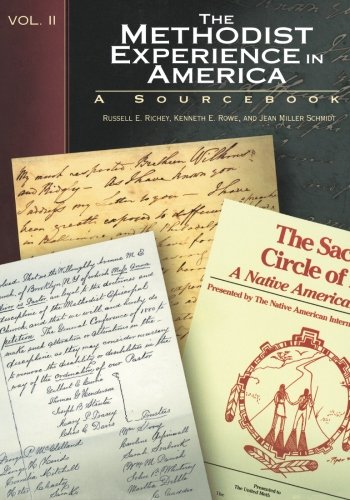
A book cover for The Methodist Experience in America Volume II: Sourcebook; Kenneth E. Rowe; Christian Books & Bibles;